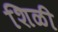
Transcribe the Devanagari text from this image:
शिळी